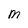
Character: M